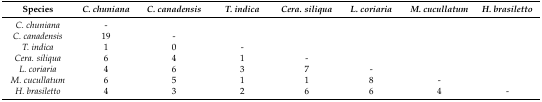
<table><thead><tr><td><b>Species</b></td><td><b><i>C. chuniana</i></b></td><td><b><i>C. canadensis</i></b></td><td><b><i>T. indica</i></b></td><td><b><i>Cera. siliqua</i></b></td><td><b><i>L. coriaria</i></b></td><td><b><i>M. cucullatum</i></b></td><td><b><i>H. brasiletto</i></b></td></tr></thead><tbody><tr><td><i>C. chuniana</i></td><td>-</td><td></td><td></td><td></td><td></td><td></td><td></td></tr><tr><td><i>C. canadensis</i></td><td>19</td><td>-</td><td></td><td></td><td></td><td></td><td></td></tr><tr><td><i>T. indica</i></td><td>1</td><td>0</td><td>-</td><td></td><td></td><td></td><td></td></tr><tr><td><i>Cera. siliqua</i></td><td>6</td><td>4</td><td>1</td><td>-</td><td></td><td></td><td></td></tr><tr><td><i>L. coriaria</i></td><td>4</td><td>6</td><td>3</td><td>7</td><td>-</td><td></td><td></td></tr><tr><td><i>M. cucullatum</i></td><td>6</td><td>5</td><td>1</td><td>1</td><td>8</td><td>-</td><td></td></tr><tr><td><i>H. brasiletto</i></td><td>4</td><td>3</td><td>2</td><td>6</td><td>6</td><td>4</td><td>-</td></tr></tbody></table>